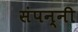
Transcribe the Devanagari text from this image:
संपन्नी